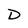
Character: D